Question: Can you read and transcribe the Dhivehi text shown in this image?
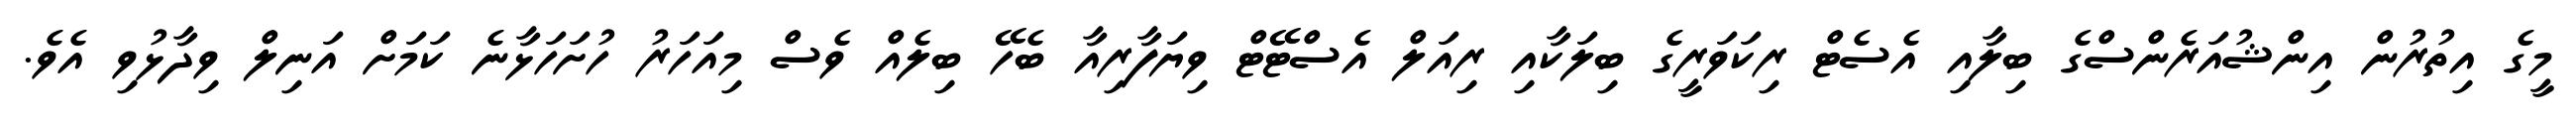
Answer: މީގެ އިތުރުން އިންޝުއަރެންސްގެ ބިލާއި އެސެޓް ރިކަވަރީގެ ބިލަކާއި ރިއަލް އެސްޓޭޓް ވިޔަފާރިއާ ބެހޭ ބިލެއް ވެސް މިއަހަރު ހުށަހަޅާނެ ކަމަށް އަނިލް ވިދާޅުވި އެވެ.